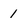
Character: 1